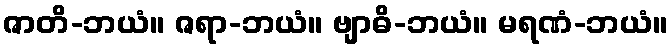
ဇာတိ-ဘယံ။ ဇရာ-ဘယံ။ ဗျာဓိ-ဘယံ။ မရဏံ-ဘယံ။